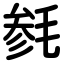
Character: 毵